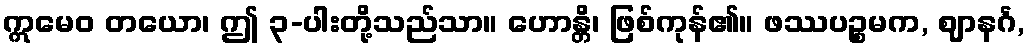
ဣမေဝ တယော၊ ဤ ၃-ပါးတို့သည်သာ။ ဟောန္တိ၊ ဖြစ်ကုန်၏။ ဖဿပဉ္စမက, ဈာနင်္ဂ,